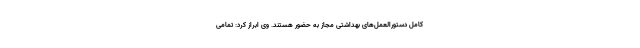
کامل دستورالعمل‌های بهداشتی مجاز به حضور هستند. وی ابراز کرد: تمامی